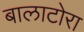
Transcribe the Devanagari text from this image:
बालाटोरा